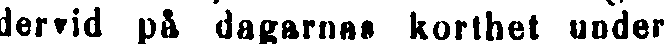
dervid på dagarnas korthet under